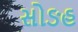
સોઙહ